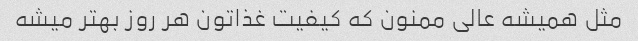
مثل همیشه عالی ممنون که کیفیت غذاتون هر روز بهتر میشه